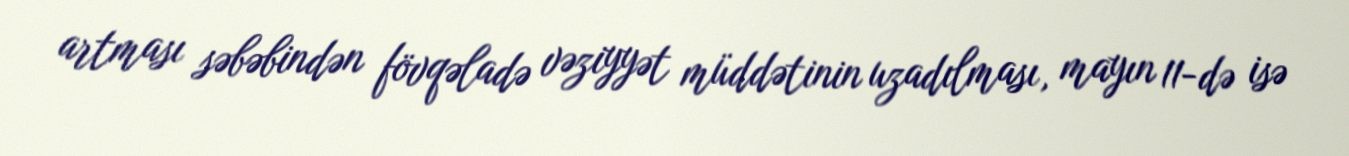
artması səbəbindən fövqəladə vəziyyət müddətinin uzadılması, mayın 11-də isə